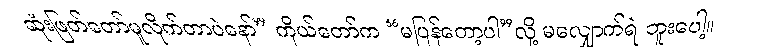
ဆုံးဖြတ်တော်မူလိုက်တာပဲနော်” ကိုယ်တော်က “မပြန်တော့ပါ”လို့ မလျှောက်ရဲ ဘူးပေါ့။